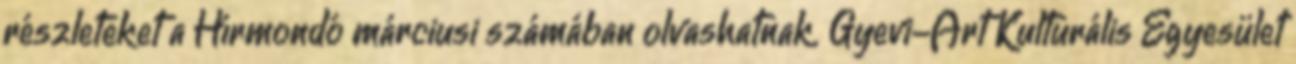
részleteket a Hírmondó márciusi számában olvashatnak. Gyevi-Art Kulturális Egyesület